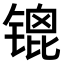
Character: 𫔇